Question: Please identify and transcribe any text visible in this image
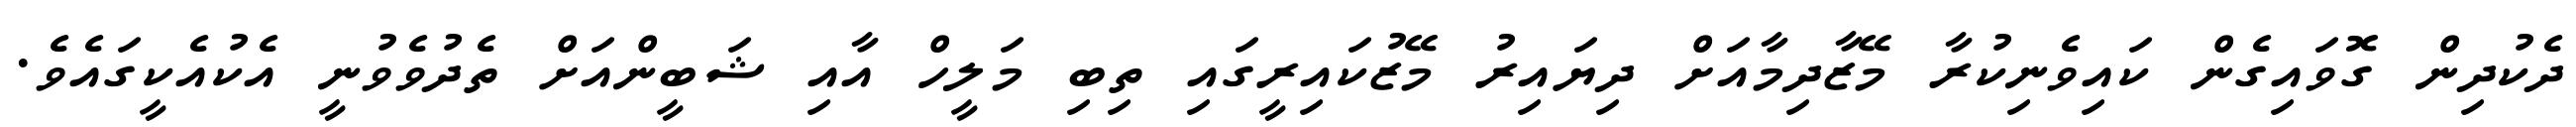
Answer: ދެކުދިން ގޮވައިގެން ކައިވެނިކުރާ މޭޒާދިމާއަށް ދިޔައިރު މޭޒުކައިރީގައި ތިބި މަލީހް އާއި ޝަބީންއަށް ތެދުވެވުނީ އެކުއެކީގައެވެ.